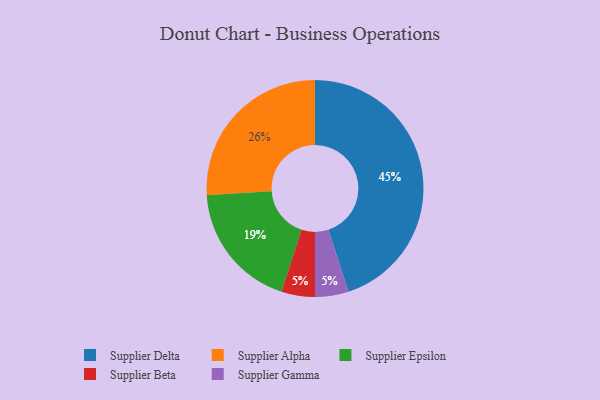
{"axis": {"x": "Category", "y": "Percentage"}, "legend": ["Supplier Alpha", "Supplier Beta", "Supplier Delta", "Supplier Epsilon", "Supplier Gamma"], "data": [{"x": "Supplier Alpha", "y": 26, "type": "Supplier Alpha"}, {"x": "Supplier Beta", "y": 5, "type": "Supplier Beta"}, {"x": "Supplier Gamma", "y": 5, "type": "Supplier Gamma"}, {"x": "Supplier Delta", "y": 45, "type": "Supplier Delta"}, {"x": "Supplier Epsilon", "y": 19, "type": "Supplier Epsilon"}]}